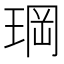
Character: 𤦇